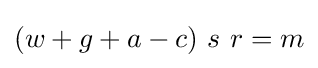
(w+g+a-c)\ s\ r=m